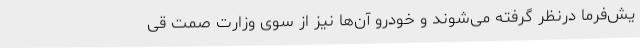
یش‌فرما درنظر گرفته می‌شوند و خودرو آن‌ها نیز از سوی وزارت صمت قی